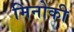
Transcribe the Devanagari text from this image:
मिनोकी